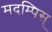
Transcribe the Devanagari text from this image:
मदम्पिस्